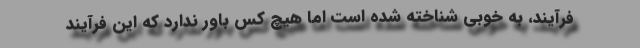
فرآیند، به خوبی شناخته شده است اما هیچ کس باور ندارد که این فرآیند